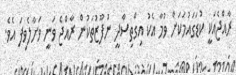
ރާއްޖެއަކީ ކުޑަގައުމަކަށް ވުމާ އެކު އިގްތިސާދީ ނުފޫޒުތަކުން ރާއްޖެ ވަނީ ވަށާލެވިފަ އެވެ.